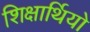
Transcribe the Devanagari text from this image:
शिक्षार्थियो